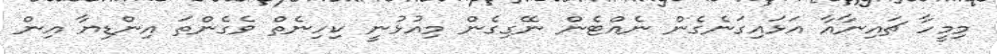
މިމީހާ ޗައިނާއާ އަޅައިގަނެގެން ނެއްޓެން ނޭގިގެން މިއުޅުނީ ކިހިިނެތް ވެގެންތަ އިންޑިޔާ އިން